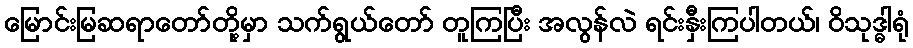
မြောင်းမြဆရာတော်တို့မှာ သက်ရွယ်တော် တူကြပြီး အလွန်လဲ ရင်းနှီးကြပါတယ်၊ ဝိသုဒ္ဓါရုံ